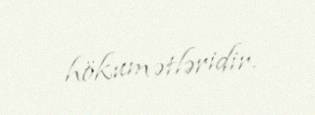
hökumətləridir.